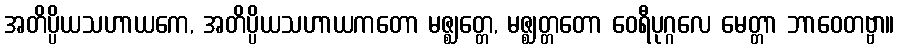
အတိပ္ပိယသဟာယကေ, အတိပ္ပိယသဟာယကတော မဇ္ဈတ္တေ, မဇ္ဈတ္တတော ဝေရီပုဂ္ဂလေ မေတ္တာ ဘာဝေတဗ္ဗာ။